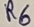
Text: R6